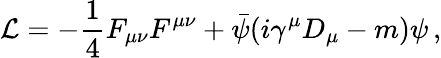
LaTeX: {\cal L}=-{\frac{1}{4}}F_{\mu\nu}F^{\mu\nu}+{\bar{\psi}}(i\gamma^{\mu}D_{\mu}-m)\psi\, ,